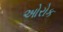
ઓરોક